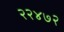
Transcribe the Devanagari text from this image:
२२४७२